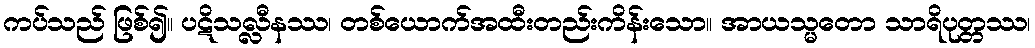
ကပ်သည် ဖြစ်၍။ ပဋိသလ္လီနဿ၊ တစ်ယောက်အထီးတည်းကိန်းသော။ အာယသ္မတော သာရိပုတ္တဿ၊